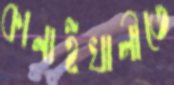
কানাইখালীতে